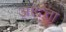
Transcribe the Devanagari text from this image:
आदत्ता